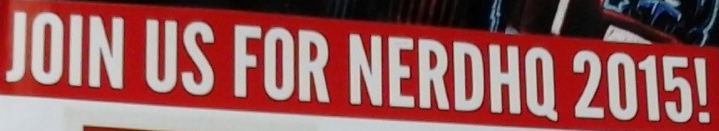
JOIN US FOR NERDHQ 2015!